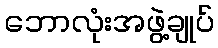
ဘောလုံးအဖွဲ့ချုပ်